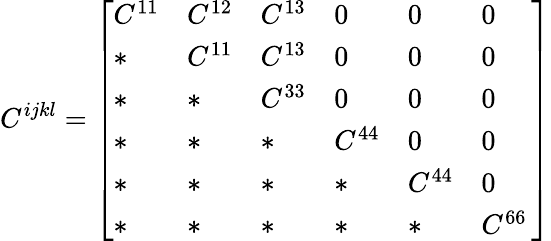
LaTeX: C^{ijkl}=\left[\begin{array}{llllll}{C^{11}}&{C^{12}}&{C^{13}}&{0}&{0}&{0}\\ {*}&{C^{11}}&{C^{13}}&{0}&{0}&{0}\\ {*}&{*}&{C^{33}}&{0}&{0}&{0}\\ {*}&{*}&{*}&{C^{44}}&{0}&{0}\\ {*}&{*}&{*}&{*}&{C^{44}}&{0}\\ {*}&{*}&{*}&{*}&{*}&{C^{66}\, }\end{array}\right]